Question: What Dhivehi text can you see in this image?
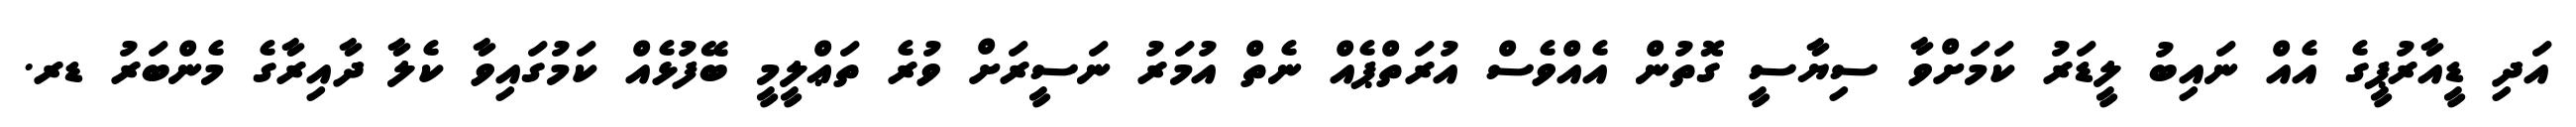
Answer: އަދި ޑީއާރުޕީގެ އެއް ނައިބު ލީޑަރު ކަމަށްވާ ސިޔާސީ ގޮތުން އެއްވެސް އުރަތްޕެއް ނެތް އުމަރު ނަސީރަށް ވުރެ ތަޢްލީމީ ބޭފުޅެއް ކަމުގައިވާ ކެލާ ދާއިރާގެ މެންބަރު ޑރ.